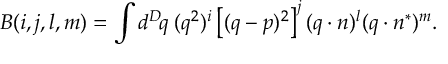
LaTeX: B ( i , j , l , m ) = \int d ^ { D } \! q \; ( q ^ { 2 } ) ^ { i } \left[ ( q - p ) ^ { 2 } \right] ^ { j } ( q \cdot n ) ^ { l } ( q \cdot n ^ { * } ) ^ { m } .